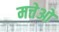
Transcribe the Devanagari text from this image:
मत्तेओ